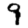
Digit: 9